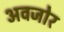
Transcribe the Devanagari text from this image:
अवजोर